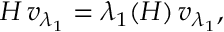
H \, v _ { \lambda _ { 1 } } = \lambda _ { 1 } ( H ) \, v _ { \lambda _ { 1 } } ,